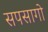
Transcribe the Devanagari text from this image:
सपसागो